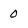
Character: 0